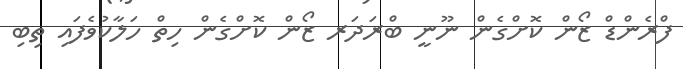
ފްރެންޑް ޒޯން ކޮށްގެން ނޫނީ ބްރަދަރ ޒޯން ކޮށްގެން ހިތް ހަލާކުވެފައި ތިބި